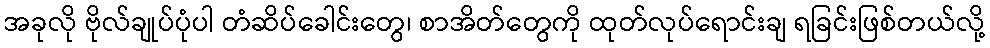
အခုလို ဗိုလ်ချုပ်ပုံပါ တံဆိပ်ခေါင်းတွေ၊ စာအိတ်တွေကို ထုတ်လုပ်ရောင်းချ ရခြင်းဖြစ်တယ်လို့